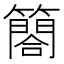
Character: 𮆤